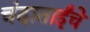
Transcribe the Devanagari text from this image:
चंदाताईंचे